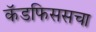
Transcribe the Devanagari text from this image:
कॅडफिससचा